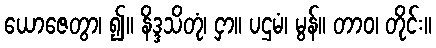
ယောဇေတွာ၊ ၍။ နိဒ္ဒသိတုံ၊ ငှာ။ ပဌမံ၊ မွန်။ တာဝ၊ တိုင်း။